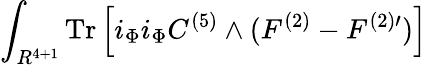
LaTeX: \int_{R^{4+1}}\mathrm{Tr}\left[i_{\Phi}i_{\Phi}C^{(5)}\wedge(F^{(2)}-F^{(2)\prime})\right]